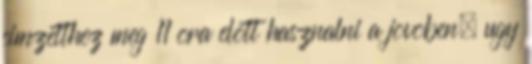
cimzetthez meg 11 ora elott hasznalni a jovoben, ugy